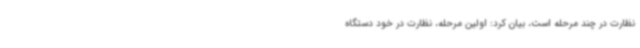
نظارت در چند مرحله است، بیان کرد: اولین مرحله، نظارت در خود دستگاه